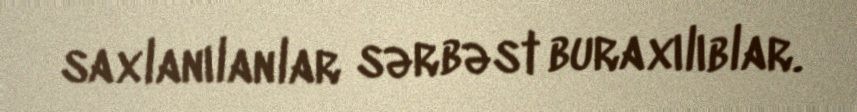
saxlanılanlar sərbəst buraxılıblar.